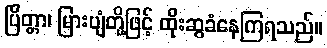
ပြိတ္တာ၊ မြားပျံတို့ဖြင့် ထိုးဆွခံနေကြရသည်။